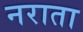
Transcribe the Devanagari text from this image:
नराता